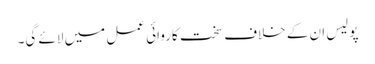
پولیس ان کے خلاف سخت کاروائی عمل میں لائے گی۔